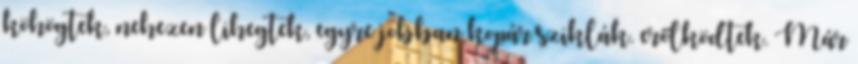
köhögtek, nehezen lihegtek, egyre jobban kopár sziklák. erőlködtek. Már